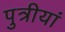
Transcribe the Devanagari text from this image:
पुत्रीयां